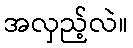
အလှည့်လဲ။